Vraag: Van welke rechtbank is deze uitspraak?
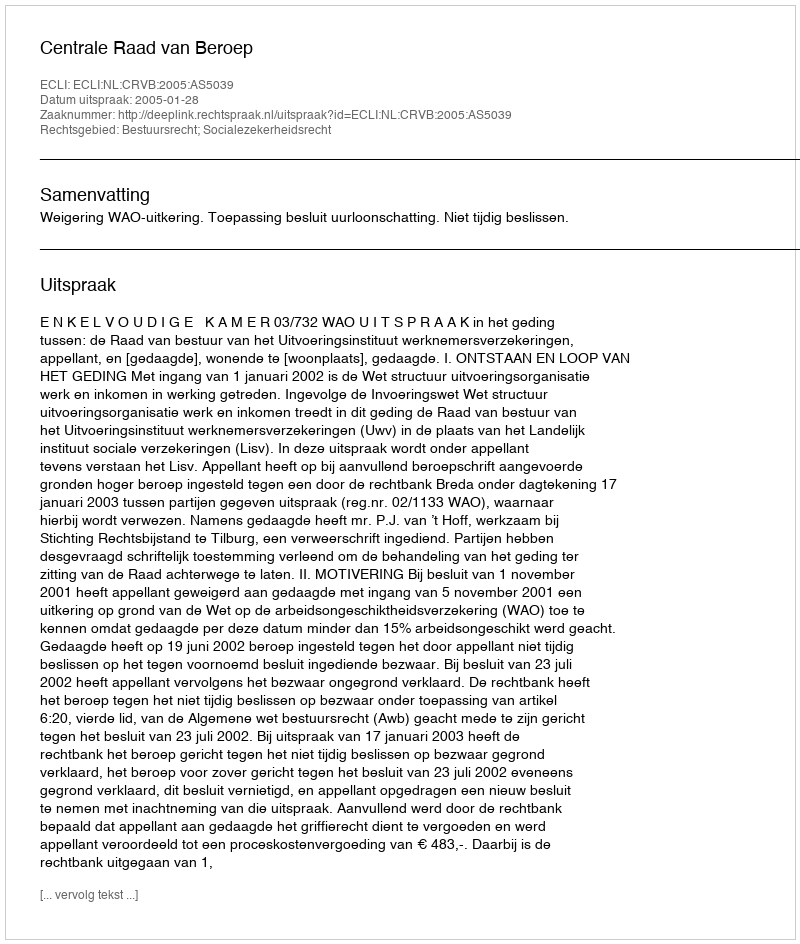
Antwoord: Centrale Raad van Beroep